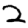
Digit: 2